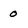
Character: 0